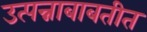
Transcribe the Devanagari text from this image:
उत्पन्नाबाबतीत